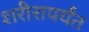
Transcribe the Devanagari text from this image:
शरीरापर्यंत